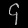
Digit: ၄